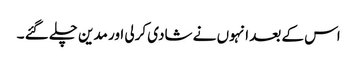
اس کے بعد انہوں نے شادی کرلی اور مدین چلے گئے ۔